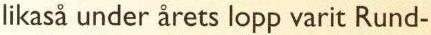
likaså under årets lopp varit Rund-